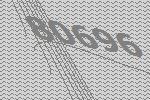
80696